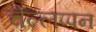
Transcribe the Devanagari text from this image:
चेल्लप्पन